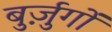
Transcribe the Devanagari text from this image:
बुर्ज़ुगों